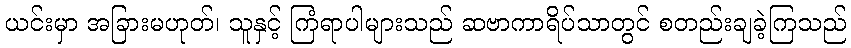
ယင်းမှာ အခြားမဟုတ်၊ သူနှင့် ကြံရာပါများသည် ဆဗာကာရိပ်သာတွင် စတည်းချခဲ့ကြသည်